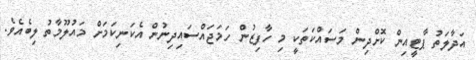
އަދާލަތު ޕާޓީއިން ކޮށްދިން މަސައްކަތަކީ މި ހާފިޒުން ހަމަޖައްސައިދިނުން އެކަނިކަމަށް މައުލޫމާތު ލިބެއެވެ.